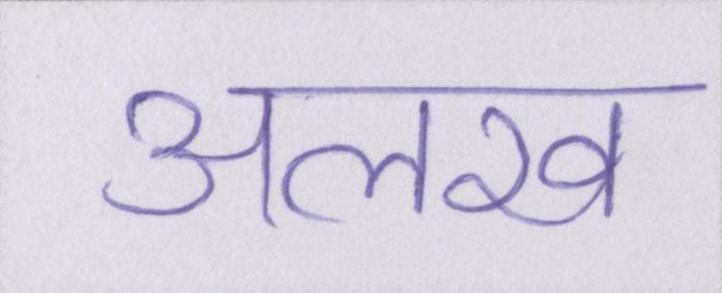
अलख